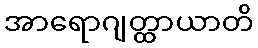
အာရောဂျတ္ထာယာတိ